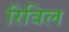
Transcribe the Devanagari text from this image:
रिविल